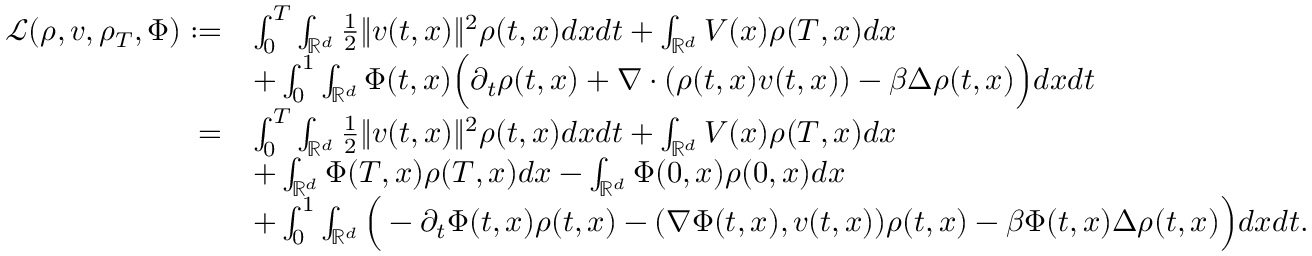
\begin{array} { r l } { \mathcal { L } ( \rho , v , \rho _ { T } , \Phi ) : = } & { \int _ { 0 } ^ { T } \int _ { \mathbb { R } ^ { d } } \frac { 1 } { 2 } \| v ( t , x ) \| ^ { 2 } \rho ( t , x ) d x d t + \int _ { \mathbb { R } ^ { d } } V ( x ) \rho ( T , x ) d x } \\ & { + \int _ { 0 } ^ { 1 } \int _ { \mathbb { R } ^ { d } } \Phi ( t , x ) \Big ( \partial _ { t } \rho ( t , x ) + \nabla \cdot ( \rho ( t , x ) v ( t , x ) ) - \beta \Delta \rho ( t , x ) \Big ) d x d t } \\ { = } & { \int _ { 0 } ^ { T } \int _ { \mathbb { R } ^ { d } } \frac { 1 } { 2 } \| v ( t , x ) \| ^ { 2 } \rho ( t , x ) d x d t + \int _ { \mathbb { R } ^ { d } } V ( x ) \rho ( T , x ) d x } \\ & { + \int _ { \mathbb { R } ^ { d } } \Phi ( T , x ) \rho ( T , x ) d x - \int _ { \mathbb { R } ^ { d } } \Phi ( 0 , x ) \rho ( 0 , x ) d x } \\ & { + \int _ { 0 } ^ { 1 } \int _ { \mathbb { R } ^ { d } } \Big ( - \partial _ { t } \Phi ( t , x ) \rho ( t , x ) - ( \nabla \Phi ( t , x ) , v ( t , x ) ) \rho ( t , x ) - \beta \Phi ( t , x ) \Delta \rho ( t , x ) \Big ) d x d t . } \end{array}